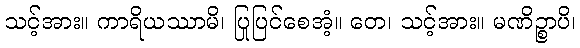
သင့်အား။ ကာရိယဿာမိ၊ ပြုပြင်စေအံ့။ တေ၊ သင့်အား။ မဏိဉ္စာပိ၊